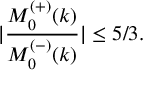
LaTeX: | \frac { M _ { 0 } ^ { ( + ) } ( k ) } { M _ { 0 } ^ { ( - ) } ( k ) } | \leq 5 / 3 .